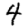
Digit: 4